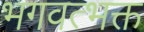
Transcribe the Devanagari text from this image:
भगवत्भक्त